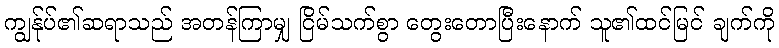
ကျွန်ုပ်၏ဆရာသည် အတန်ကြာမျှ ငြိမ်သက်စွာ တွေးတောပြီးနောက် သူ၏ထင်မြင် ချက်ကို